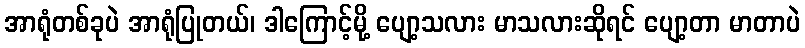
အာရုံတစ်ခုပဲ အာရုံပြုတယ်၊ ဒါကြောင့်မို့ ပျော့သလား မာသလားဆိုရင် ပျော့တာ မာတာပဲ